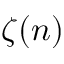
\zeta ( n )